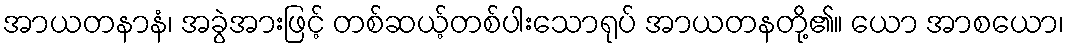
အာယတနာနံ၊ အခွဲအားဖြင့် တစ်ဆယ့်တစ်ပါးသောရုပ် အာယတနတို့၏။ ယော အာစယော၊